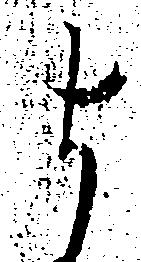
よ